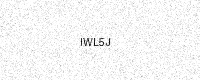
Text: IWL5J